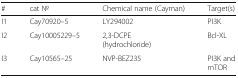
| # | cat No | Chemical name (Cayman) | Target(s) |
 | --- | --- | --- | --- |
 | I1 | Cay70920–5 | LY294002 | PI3K |
 | I2 | Cay10005229–5 | 2,3-DCPE (hydrochloride) | Bcl-XL |
 | I3 | Cay10565–25 | NVP-BEZ235 | PI3K and mTOR |